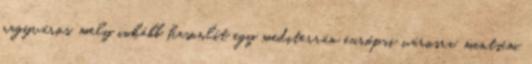
nagyváros, mely inkább hasonlít egy mediterrán európai városra, mintsem